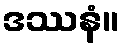
ဒဿနံ။